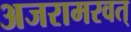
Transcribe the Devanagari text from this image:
अजरामरवत्